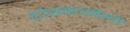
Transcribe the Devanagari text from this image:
टोस्कानेली